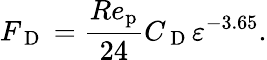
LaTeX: {F_{\mathrm{~D~}}}=\frac{Re_{\mathrm{p}}}{24}{C_{\mathrm{~D~}}}\varepsilon^{-3.65}.